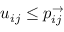
u _ { i j } \leq p _ { i j } ^ { \rightarrow }